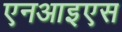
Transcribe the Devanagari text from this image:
एनआइएस